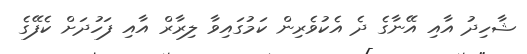
ޝާހިދު އާއި އޭނާގެ ދެ އެކުވެރިން ކަމުގައިވާ ލިރާރް އާއި ފަހުދަށް ކެފޭގެ